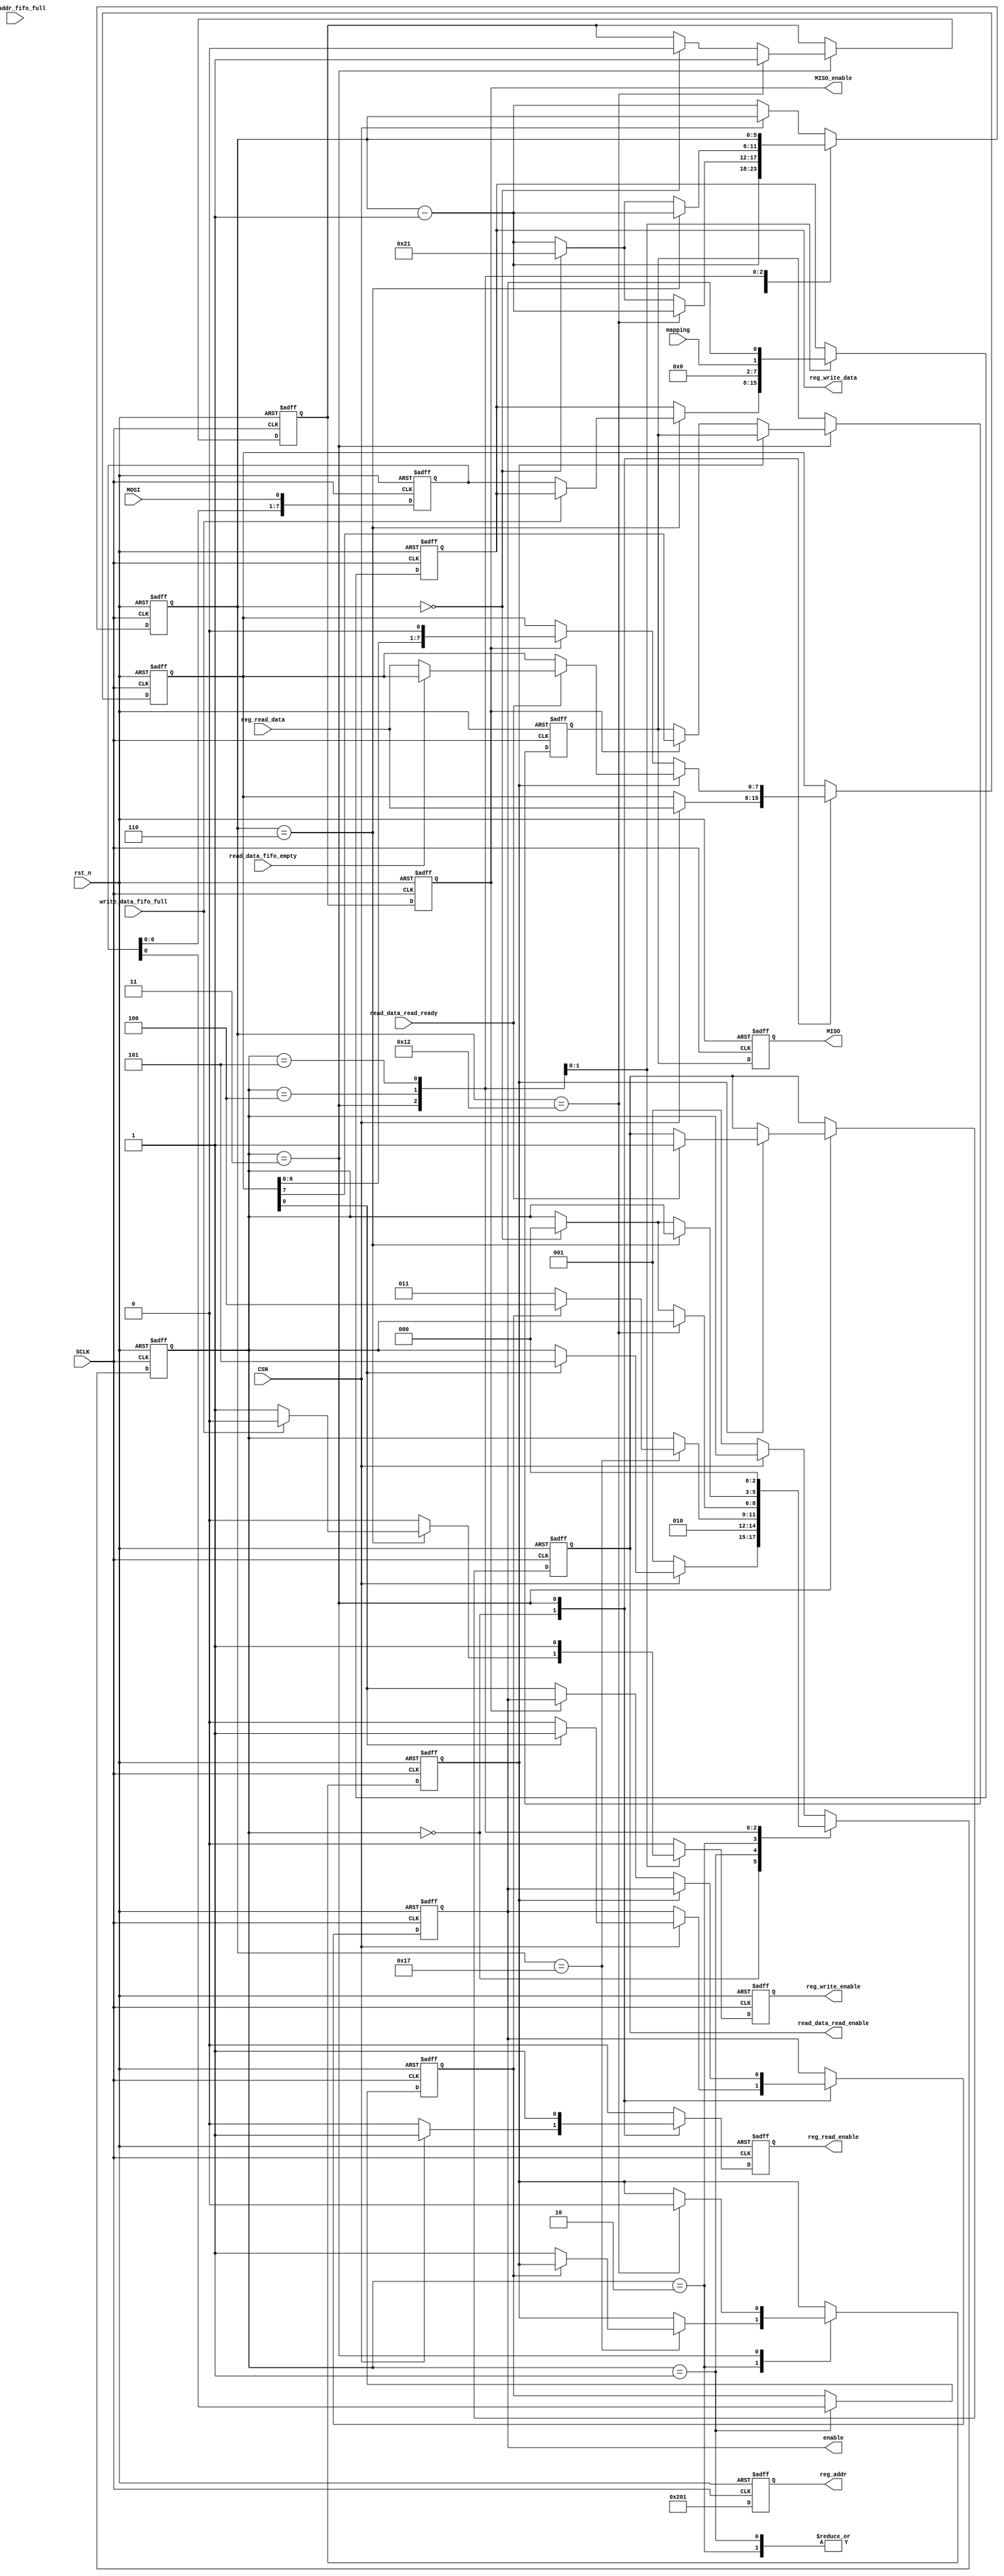
`timescale 1ns / 1ps

////////////////////////////////////////////////////////////////////////////
//
// Munya Kaudani
// 64-QAM Modulator SPI Interface module
//
////////////////////////////////////////////////////////////////////////////

module spi_interface(
		     input wire	      SCLK,
		     input wire	      MOSI,
		     input wire	      CSN,
                     input wire	      rst_n,
		     input wire [7:0] reg_read_data,
		     input wire	      mapping,
		     input wire	      reg_addr_fifo_full,
		     input wire	      read_data_fifo_empty,
		     input wire       read_data_read_ready,
		     input wire       write_data_fifo_full,
		     output reg	      MISO,
		     output reg	      MISO_enable,
		     output reg	      enable,
		     output reg [9:0] reg_addr,
		     output reg [7:0] reg_write_data,
		     output reg	      reg_write_enable,
		     output reg	      reg_read_enable,
		     output reg       read_data_read_enable
		     );

   //internal registers
   reg [9:0]			       spi_shift_reg_current;
   reg [2:0]			       state_current;
   reg [5:0]			       bit_count_current;
   reg				       reg_rw_current;
   reg				       MISO_pos_edge;
   reg				       MISO_enable_pos_edge;
   reg [7:0]			       MISO_buffer_current;
   reg 				       first_loop;
   
   

   //internal combinational registers
   reg [9:0]			       spi_shift_reg_next;
   reg [2:0]			       state_next;
   reg [5:0]			       bit_count_next;
   reg				       reg_rw_next;
   reg				       MISO_next;
   reg				       MISO_enable_next;
   reg [9:0]			       reg_addr_next;
   reg [7:0]			       reg_write_data_next;
   reg				       reg_write_enable_next;
   reg				       reg_read_enable_next;
   reg [7:0]			       MISO_buffer_next;
   reg 				       first_loop_next;
   reg				       enable_next;
   reg                                 read_data_read_enable_next;
   

   //FSM Definition
   parameter [2:0]		       S0_IDLE = 3'b000;
   parameter [2:0]		       S1_RW = 3'b001;
   parameter [2:0]		       S2_REG_ADDR = 3'b010;
   parameter [2:0]		       S3_READ = 3'b011;
   parameter [2:0]		       S4_WRITE = 3'b100;
   parameter [2:0]		       S5_ENABLED = 3'b101;
   

   //sequential logic
   always @(posedge SCLK or negedge rst_n)
     begin
	if(rst_n == 1'b0) begin
	   state_current         <= S0_IDLE;
	   spi_shift_reg_current <= 9'd0;
	   bit_count_current     <= 6'd33;
	   reg_rw_current        <= 1'b0;
	   reg_addr              <= 8'h00;
	   MISO_pos_edge         <= 1'b0;
	   MISO_enable_pos_edge  <= 1'b0;
	   MISO_buffer_current   <= 8'h00;
	   reg_write_data        <= 8'h00;
	   reg_write_enable      <= 1'b0;
	   reg_read_enable       <= 1'b0;
	   first_loop            <= 1'b0;
	   enable                <= 1'b0;
	   read_data_read_enable <= 1'b0;
	end else begin // if (rst_n == 1'b0)
	   state_current         <= state_next;
	   spi_shift_reg_current <= spi_shift_reg_next;
	   bit_count_current     <= bit_count_next;
	   reg_rw_current        <= reg_rw_next;
	   reg_addr              <= 10'b1000000001;
	   MISO_pos_edge         <= MISO_next;
	   MISO_enable_pos_edge  <= MISO_enable_next;
	   MISO_buffer_current   <= MISO_buffer_next;
	   reg_write_data        <= reg_write_data_next;
	   reg_write_enable      <= reg_write_enable_next;
	   reg_read_enable       <= reg_read_enable_next;
	   first_loop            <= first_loop_next;
	   enable                <= enable_next;
	   read_data_read_enable <= read_data_read_enable_next;
	end // else: !if(rst_n == 1'b0)
     end // always @ (posedge SCLK or negedge rst_n)

   //falling edge logic for MISO
   always @(negedge SCLK or negedge rst_n)
     begin
	if(rst_n == 1'b0)begin
	   MISO <= 1'b0;
	   MISO_enable <= 1'b0;
	end else begin
	   MISO <= MISO_pos_edge;
	   MISO_enable <= MISO_enable_pos_edge;
	end
     end

   //combinational logic for MOSI shift register
   always @(*)
     begin
	spi_shift_reg_next = {spi_shift_reg_current[8:0], MOSI};
     end

   //combinational logic for state machine
   always @(*)
     begin
	state_next            = state_current;
	bit_count_next        = bit_count_current;
	reg_rw_next           = reg_rw_current;
	reg_addr_next         = reg_addr;
	reg_write_data_next   = reg_write_data;
	reg_write_enable_next = 1'b0;
	reg_read_enable_next  = 1'b0;
	MISO_enable_next      = MISO_enable_pos_edge;
	MISO_buffer_next      = MISO_buffer_current;
	MISO_next             = MISO_pos_edge;
	first_loop_next       = first_loop;
	enable_next           = enable;
	read_data_read_enable_next = read_data_read_enable;

	case(state_current)
	  S0_IDLE: begin
	     if(CSN == 1'b0)begin
		state_next = S1_RW;
		bit_count_next = bit_count_current - 1'b1;
	     end else begin
		reg_addr_next = 10'd512;
		reg_read_enable_next = 1'b1;
		//some clock cycles required
		MISO_buffer_next = reg_read_data;

		if(MISO_buffer_current[0] == 1'b1)begin
		   enable_next = 1'b1;
		   state_next = S5_ENABLED;
		end else begin
		   enable_next = 1'b0;
		end
	     end // else: !if(CSN == 1'b0)  
	  end // case: S0_IDLE

	  

	  S1_RW: begin
	     state_next = S2_REG_ADDR;
	     reg_rw_next = spi_shift_reg_current[0];
	     bit_count_next = bit_count_current - 1'b1;
	  end

	  S2_REG_ADDR: begin
	     bit_count_next = bit_count_current - 1'b1;
	     if(bit_count_current == 6'd23)begin
		if(reg_rw_current == 1'b0)begin
		   state_next = S3_READ;
		   first_loop_next = 1'b1;
		end else begin
		   state_next = S4_WRITE;
		end
		
		if(reg_addr_fifo_full == 1'b0)begin
		   reg_addr_next = spi_shift_reg_current;
		end
	     end
	  end // case: S2_REG_ADDR

	  S3_READ: begin
	     reg_read_enable_next = 1'b1;
	     
	     if(first_loop == 1'b1)begin
		if(read_data_read_ready == 1'b1)begin
		   read_data_read_enable_next = 1'b1;
		   if(read_data_fifo_empty == 1'b0)begin
		      MISO_buffer_next = reg_read_data;
		   end
		end
	     end else if(MISO_enable == 1'b1)begin
		MISO_next = MISO_buffer_current[7];
		MISO_buffer_next = {MISO_buffer_current[6:0], 1'b0};
	     end else begin
		enable_next = MISO_buffer_current[0];
	     end
	     
	     bit_count_next = bit_count_current - 1'b1;
	     
	     if(bit_count_current == 6'd18)begin
		MISO_enable_next = 1'b1;
		first_loop_next = 1'b0;
	     end else if(bit_count_current == 6'd0)begin
	        state_next = S0_IDLE;
	        bit_count_next = 6'd33;
	        MISO_enable_next = 1'b0;
	     end 
	  end

	  S4_WRITE: begin
	     bit_count_next = bit_count_current - 1'b1;
	     if(bit_count_current == 6'd6)begin
		if(write_data_fifo_full == 1'b0)begin
		   reg_write_enable_next = 1'b1;
		   reg_write_data_next = spi_shift_reg_current[7:0];
		end
	     end else if(bit_count_current == 6'd0)begin
		state_next = S0_IDLE;
		bit_count_next = 6'd33;
	     end
	  end // case: S4_WRITE

	  S5_ENABLED: begin
	     reg_write_enable_next = 1'b1;
	     reg_write_data_next = {6'b000000, mapping, enable};
	     //some clock cycles required
	     state_next = S0_IDLE;
	  end

	  default: begin
	     if(CSN == 1'b0)begin
		state_next = S1_RW;
		bit_count_next = bit_count_current - 1'b1;
	     end
	  end
	endcase // case (state_current)
     end // always @ (*)
   
endmodule // spi_interface